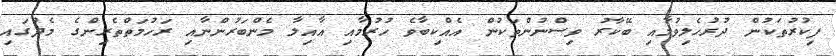
ފިކުރުތަކުން ދުރުހެލިވުމާއި ބޭކާރު ވިސްނުންތަކުން އެއްކިބާވެ ހުރުމާއި އާއިލާ މެންބަރުންނާއި ރަހުމަތްތެރިންގެ މެދުގައި